Annual report of the Imperial Bacteriological Laboratory, Muktesar
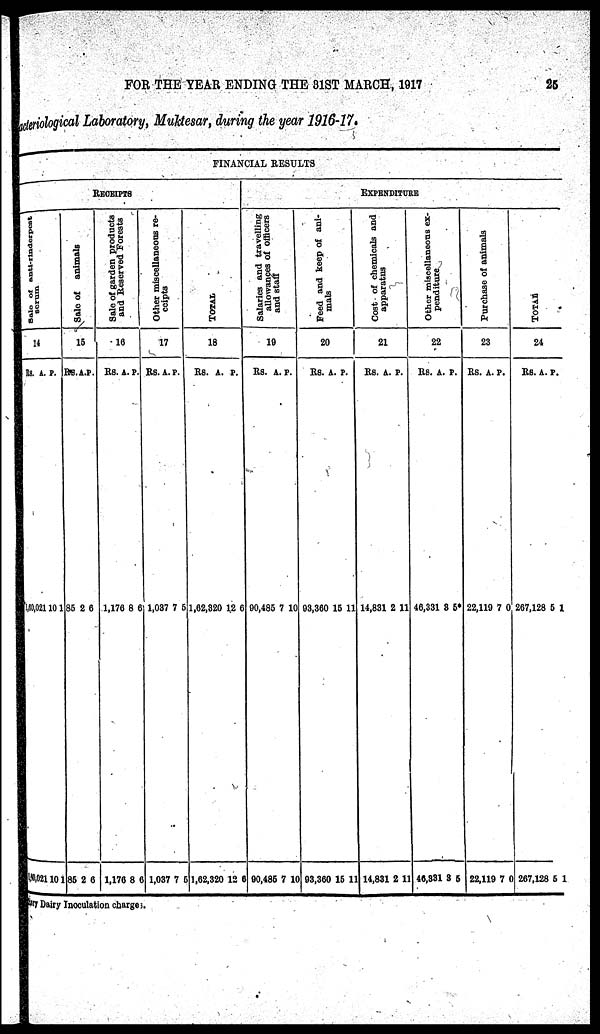
FOR THE YEAR ENDING THE 31ST MARCH, 1917
25
Bacteriological Laboratory, Muktesar, during the year 1916-17.
RECEIPTS
Sale of anti-rinderpest
serum
14
RS.
160,021
1,60,021
A.
10
10
P.
1
1
Sale of animals
15
RS.
85
85
A.
2
2
P.
6
6
Sale of garden products
and Reserved For es t
s
16
RS.
1,176
1,176
A.
8
8
P.
6
6
Other miscellaneous re-
ceipts
FINANCIAL RESULTS
17
RS.
1,037
1,037
A.
7
7
P.
5
5
TOTAL
18
RS.
1,62,320
1,62,320
A.
12
12
P.
6
6
Salaries and travelling
allowances of officers
and staff
19
RS.
90,485
90,485
A.
7
7
P.
10
10
Feed and keep of ani-
mals
EXPENDITURE
20
RS.
93,360
93,360
A.
15
15
P.
11
11
Cost of chemicals and
apparatus
21
RS.
14,831
14,831
A.
2
2
P.
11
11
Ot her m i s c e l l a n e o u s ex-
penditure
22
RS.
46,331
46,331
A.
3
3
P.
5*
5
Purchase of animals
23
RS.
22,119
22,119
A.
7
7
P.
0
0
TOTAL
24
RS.
267,128
267,128
A.
5
5
P.
1
1
ary
Dairy Inoculation charges;.